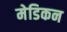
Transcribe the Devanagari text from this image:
मेडिकन